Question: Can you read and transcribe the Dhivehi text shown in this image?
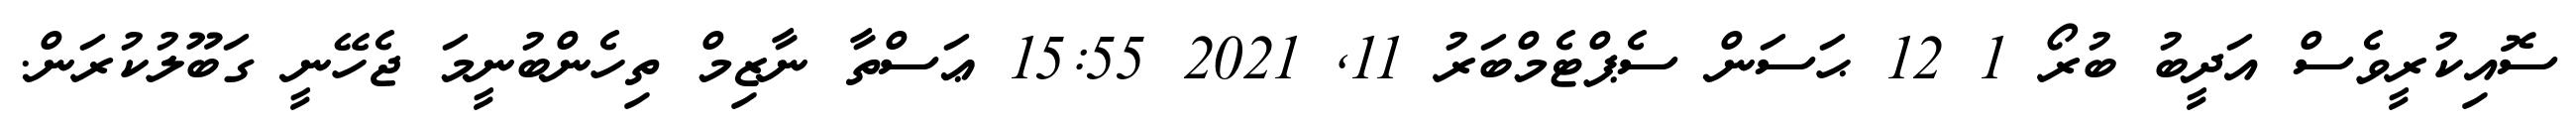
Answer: ސޮއިކުރީވެސް އަދީބު ބުރޯ 1 12 ޙަސަން ސެޕްޓެމްބަރު 11, 2021 15:55 ޢަސްތާ ނާޒިމް ތިހެންބުނީމަ ޖެހޭނީ ގަބޫލުކުރަން.